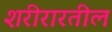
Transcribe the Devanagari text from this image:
शरीरारतील